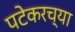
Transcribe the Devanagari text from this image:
पटेकरच्या